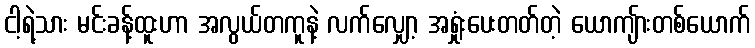
ငါ့ရဲ့သား မင်းခန့်ထူးဟာ အလွယ်တကူနဲ့ လက်လျှော့ အရှုံးပေးတတ်တဲ့ ယောကျ်ားတစ်ယောက်